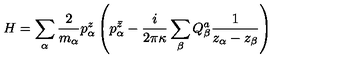
H = \sum _ { \alpha } \frac { 2 } { m _ { \alpha } } p _ { \alpha } ^ { z } \left( p _ { \alpha } ^ { \bar { z } } - { \frac { i } { 2 \pi \kappa } } \sum _ { \beta } Q _ { \beta } ^ { a } { \frac { 1 } { z _ { \alpha } - z _ { \beta } } } \right)